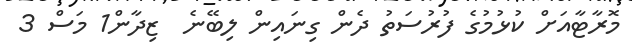
މޮރާޓާއަށް ކުޅުމުގެ ފުރުސަތު ދެން ގިނައިން ލިބޭނެ  ޒިދާން1 މަސް 3